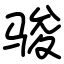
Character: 骏